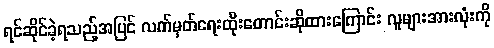
ရင်ဆိုင်ခဲ့ရသည့်အပြင် လက်မှတ်ရေးထိုးတောင်းဆိုထားကြောင်း လူများအားလုံးကို